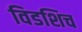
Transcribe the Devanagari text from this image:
विडशिच